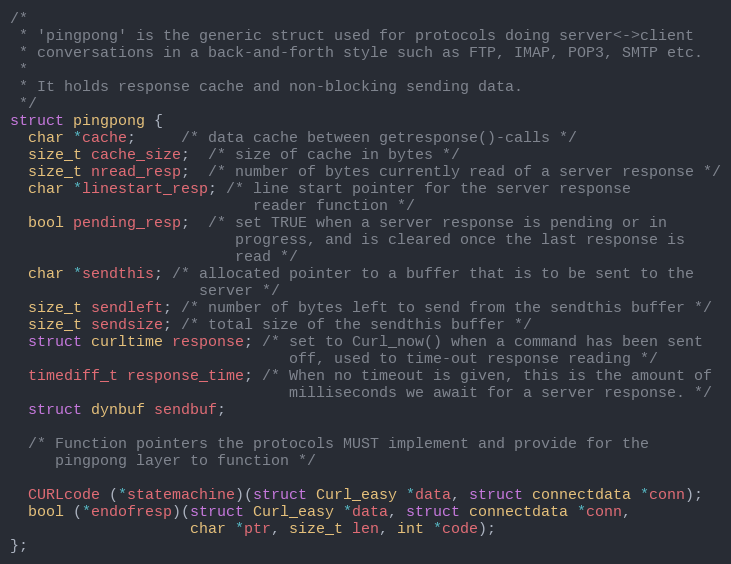
Language: C
/*
 * 'pingpong' is the generic struct used for protocols doing server<->client
 * conversations in a back-and-forth style such as FTP, IMAP, POP3, SMTP etc.
 *
 * It holds response cache and non-blocking sending data.
 */
struct pingpong {
  char *cache;     /* data cache between getresponse()-calls */
  size_t cache_size;  /* size of cache in bytes */
  size_t nread_resp;  /* number of bytes currently read of a server response */
  char *linestart_resp; /* line start pointer for the server response
                           reader function */
  bool pending_resp;  /* set TRUE when a server response is pending or in
                         progress, and is cleared once the last response is
                         read */
  char *sendthis; /* allocated pointer to a buffer that is to be sent to the
                     server */
  size_t sendleft; /* number of bytes left to send from the sendthis buffer */
  size_t sendsize; /* total size of the sendthis buffer */
  struct curltime response; /* set to Curl_now() when a command has been sent
                               off, used to time-out response reading */
  timediff_t response_time; /* When no timeout is given, this is the amount of
                               milliseconds we await for a server response. */
  struct dynbuf sendbuf;

  /* Function pointers the protocols MUST implement and provide for the
     pingpong layer to function */

  CURLcode (*statemachine)(struct Curl_easy *data, struct connectdata *conn);
  bool (*endofresp)(struct Curl_easy *data, struct connectdata *conn,
                    char *ptr, size_t len, int *code);
};